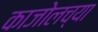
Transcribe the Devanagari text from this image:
काजोलच्या